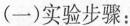
(一)实验步骤：